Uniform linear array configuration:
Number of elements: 48
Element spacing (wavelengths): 0.75
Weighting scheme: uniform
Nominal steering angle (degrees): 0
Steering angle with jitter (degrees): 1.215
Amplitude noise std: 0.05
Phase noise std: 0.05

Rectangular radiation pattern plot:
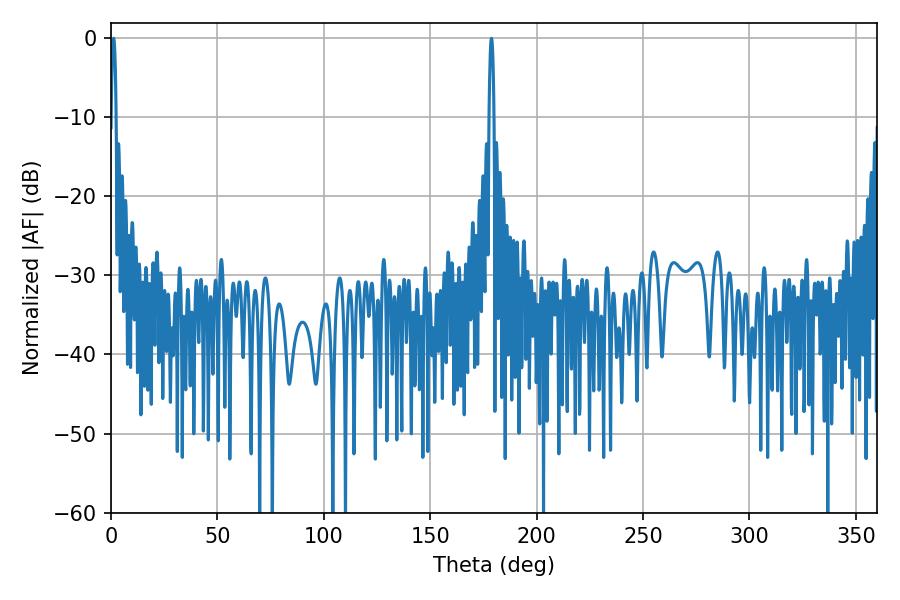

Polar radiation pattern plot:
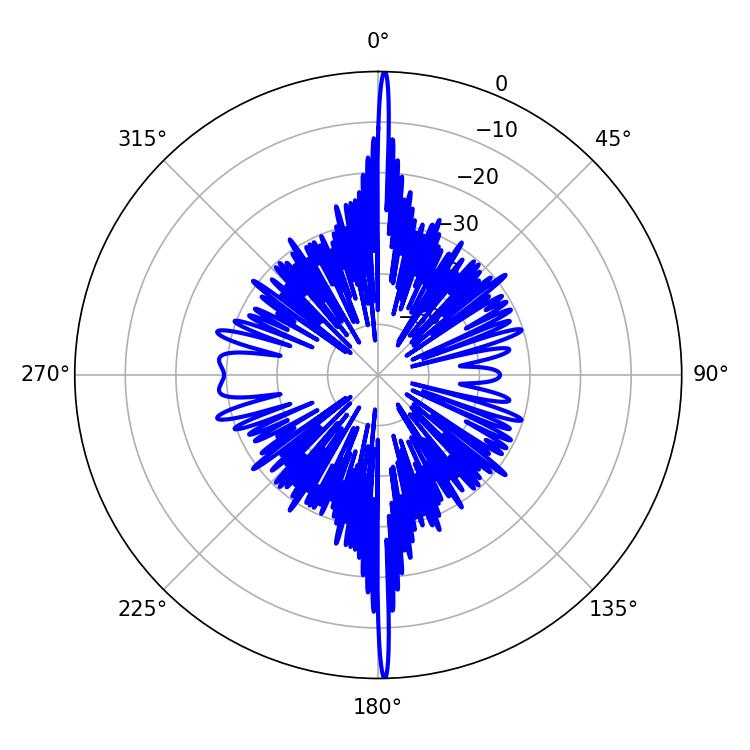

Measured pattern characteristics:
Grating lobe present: TRUE
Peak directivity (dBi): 34.593
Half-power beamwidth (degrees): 1.26
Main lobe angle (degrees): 1.26